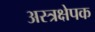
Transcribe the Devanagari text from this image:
अस्त्रक्षेपक